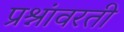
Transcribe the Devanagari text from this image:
प्रश्नांवरती